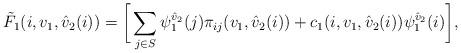
LaTeX: \begin{align*}\tilde{F}_1(i,v_1,\hat{v}_2(i))= \bigg[\sum_{j\in S}{\psi}_{1}^{\hat{v}_2}(j)\pi_{ij}(v_1,\hat{v}_2(i))+c_1(i,v_1,\hat{v}_2(i)){\psi}_{1}^{\hat{v}_2}(i)\bigg],\end{align*}